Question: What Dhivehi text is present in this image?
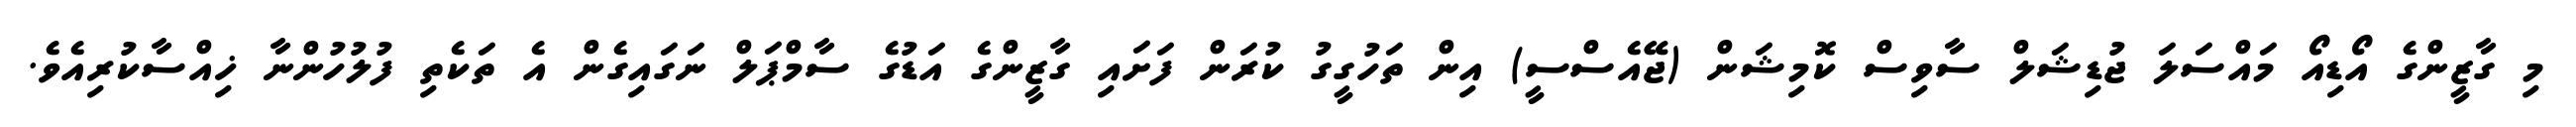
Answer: މި ގާޒީންގެ އޯޑިއޯ މައްސަލަ ޖުޑިޝަލް ސާވިސް ކޮމިޝަން (ޖޭއެސްސީ) އިން ތަހުގީގު ކުރަން ފަށައި ގާޒީންގެ އަޑުގެ ސާމްޕަލް ނަގައިގެން އެ ތަކެތި ފުލުހުންނާ ޚިއްސާކުރިއެވެ.